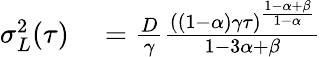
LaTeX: \begin{array}{rl}{\sigma_{L}^{2}(\tau)}&{{}=\frac{D}{\gamma}\frac{((1-\alpha)\gamma\tau)^{\frac{1-\alpha+\beta}{1-\alpha}}}{1-3\alpha+\beta}}\end{array}